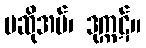
မဆိုအပ်၊ ဒုက္ကဋ်။